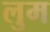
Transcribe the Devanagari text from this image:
लुम